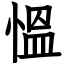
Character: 慍